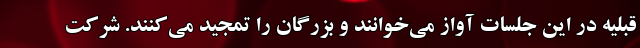
قبلیه در این جلسات آواز می‌خوانند و بزرگان را تمجید می‌کنند. شرکت